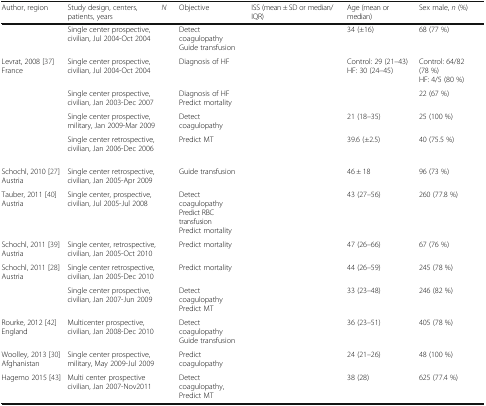
<table><thead><tr><td><b>Author, region</b></td><td><b>Study design, centers, patients, years</b></td><td><b><i>N</i></b></td><td><b>Objective</b></td><td><b>ISS (mean ± SD or median/IQR)</b></td><td><b>Age (mean or median)</b></td><td><b>Sex male, <i>n</i> (%)</b></td></tr></thead><tbody><tr><td>[EMPTY_CELL]</td><td>Single center prospective, civilian, Jul 2004-Oct 2004</td><td>[EMPTY_CELL]</td><td>Detect coagulopathyGuide transfusion</td><td>[EMPTY_CELL]</td><td>34 (±16)</td><td>68 (77 %)</td></tr><tr><td>Levrat, 2008 [37]France</td><td>Single center prospective, civilian, Jul 2004-Oct 2004</td><td>[EMPTY_CELL]</td><td>Diagnosis of HF</td><td>[EMPTY_CELL]</td><td>Control: 29 (21–43)HF: 30 (24–45)</td><td>Control: 64/82 (78 %)HF: 4/5 (80 %)</td></tr><tr><td>[EMPTY_CELL]</td><td>Single center prospective, civilian, Jan 2003-Dec 2007</td><td>[EMPTY_CELL]</td><td>Diagnosis of HFPredict mortality</td><td>[EMPTY_CELL]</td><td>[EMPTY_CELL]</td><td>22 (67 %)</td></tr><tr><td>[EMPTY_CELL]</td><td>Single center prospective, military, Jan 2009-Mar 2009</td><td>[EMPTY_CELL]</td><td>Detect coagulopathy</td><td>[EMPTY_CELL]</td><td>21 (18–35)</td><td>25 (100 %)</td></tr><tr><td>[EMPTY_CELL]</td><td>Single center retrospective, civilian, Jan 2006-Dec 2006</td><td>[EMPTY_CELL]</td><td>Predict MT</td><td>[EMPTY_CELL]</td><td>39.6 (±2.5)</td><td>40 (75.5 %)</td></tr><tr><td>Schochl, 2010 [27]Austria</td><td>Single center retrospective, civilian, Jan 2005-Apr 2009</td><td>[EMPTY_CELL]</td><td>Guide transfusion</td><td>[EMPTY_CELL]</td><td>46 ± 18</td><td>96 (73 %)</td></tr><tr><td>Tauber, 2011 [40]Austria</td><td>Single center, prospective, civilian, Jul 2005-Jul 2008</td><td>[EMPTY_CELL]</td><td>Detect coagulopathyPredict RBC transfusionPredict mortality</td><td>[EMPTY_CELL]</td><td>43 (27–56)</td><td>260 (77.8 %)</td></tr><tr><td>Schochl, 2011 [39]Austria</td><td>Single center, retrospective, civilian, Jan 2005-Oct 2010</td><td>[EMPTY_CELL]</td><td>Predict mortality</td><td>[EMPTY_CELL]</td><td>47 (26–66)</td><td>67 (76 %)</td></tr><tr><td>Schochl, 2011 [28]Austria</td><td>Single center retrospective, civilian, Jan 2005-Dec 2010</td><td>[EMPTY_CELL]</td><td>Predict mortality</td><td>[EMPTY_CELL]</td><td>44 (26–59)</td><td>245 (78 %)</td></tr><tr><td>[EMPTY_CELL]</td><td>Single center prospective, civilian, Jan 2007-Jun 2009</td><td>[EMPTY_CELL]</td><td>Detect coagulopathyPredict MT</td><td>[EMPTY_CELL]</td><td>33 (23–48)</td><td>246 (82 %)</td></tr><tr><td>Rourke, 2012 [42]England</td><td>Multicenter prospective, civilian, Jan 2008-Dec 2010</td><td>[EMPTY_CELL]</td><td>Detect coagulopathyGuide transfusion</td><td>[EMPTY_CELL]</td><td>36 (23–51)</td><td>405 (78 %)</td></tr><tr><td>Woolley, 2013 [30]Afghanistan</td><td>Single center prospective, military, May 2009-Jul 2009</td><td>[EMPTY_CELL]</td><td>Predict coagulopathy</td><td>[EMPTY_CELL]</td><td>24 (21–26)</td><td>48 (100 %)</td></tr><tr><td>Hagemo 2015 [43]</td><td>Multi center prospective civilian, Jan 2007-Nov2011</td><td>[EMPTY_CELL]</td><td>Detect coagulopathy,Predict MT</td><td>[EMPTY_CELL]</td><td>38 (28)</td><td>625 (77.4 %)</td></tr></tbody></table>